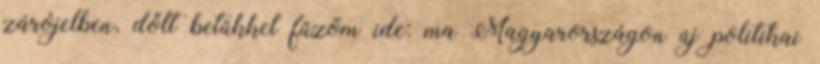
zárójelben, dőlt betűkkel fűzöm ide: ma Magyarországon új politikai